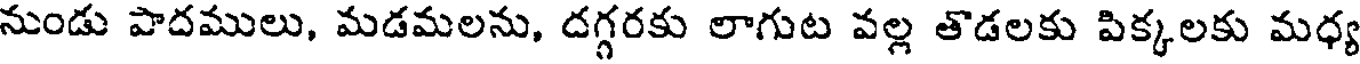
నుండు పాదములు, మడమలను, దగ్గరకు లాగుట వల్ల తొడలకు పిక్కలకు మధ్య